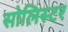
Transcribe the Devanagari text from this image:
सोलिस्टर